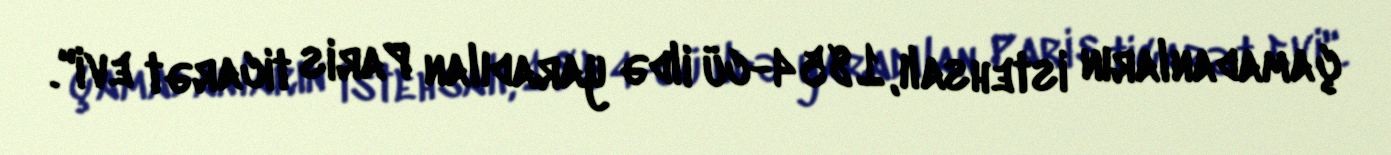
çamadanların istehsalı, 1854-cü ildə yaradılan Paris ticarət evi".